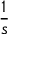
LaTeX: \frac { 1 } { s }